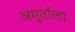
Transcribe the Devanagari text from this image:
अमूर्ताला